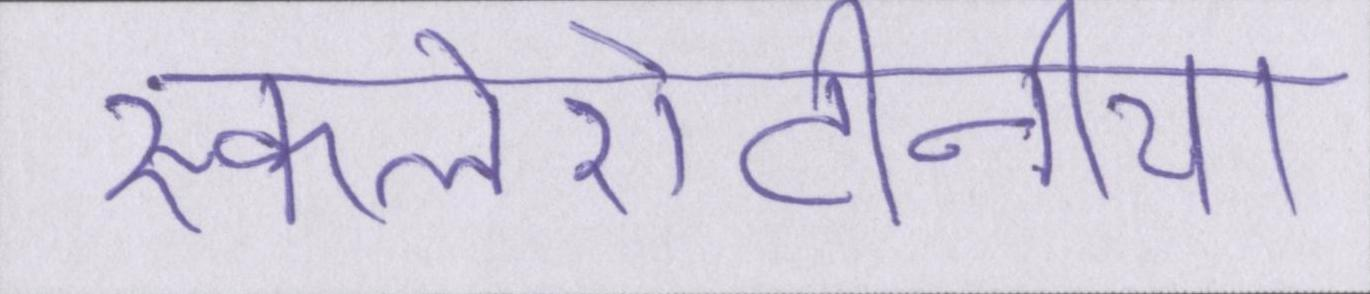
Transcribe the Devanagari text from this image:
स्कलेरोटीनिया